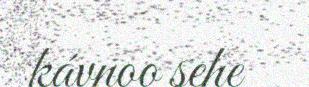
kávnoo sehe